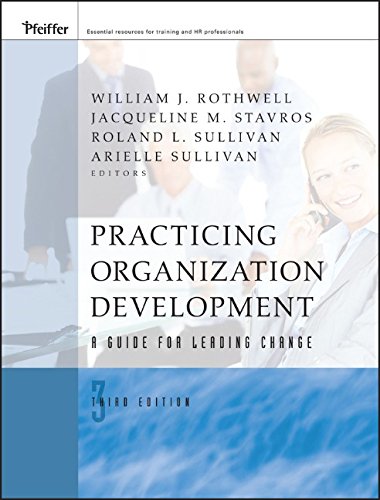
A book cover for Practicing Organization Development: A Guide for Leading Change; Business & Money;